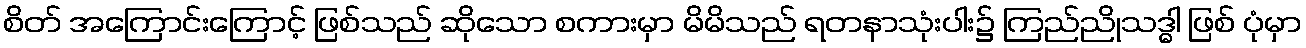
စိတ် အကြောင်းကြောင့် ဖြစ်သည် ဆိုသော စကားမှာ မိမိသည် ရတနာသုံးပါး၌ ကြည်ညိုသဒ္ဓါ ဖြစ် ပုံမှာ